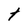
Character: t